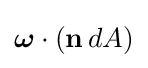
{\boldsymbol {\omega }}\cdot (\mathbf {n} \,dA)